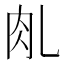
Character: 𰭾